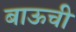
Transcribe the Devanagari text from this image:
बाऊची